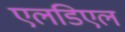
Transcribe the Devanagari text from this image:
एलडिएल